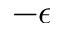
- \epsilon